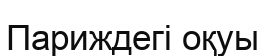
Париждегі оқуы